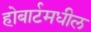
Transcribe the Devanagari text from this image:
होबार्टमधील